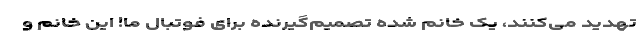
تهدید می‌کنند، یک خانم شده تصمیم‌گیرنده برای فوتبال ما! این خانم و